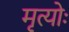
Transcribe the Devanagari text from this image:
मृत्योः